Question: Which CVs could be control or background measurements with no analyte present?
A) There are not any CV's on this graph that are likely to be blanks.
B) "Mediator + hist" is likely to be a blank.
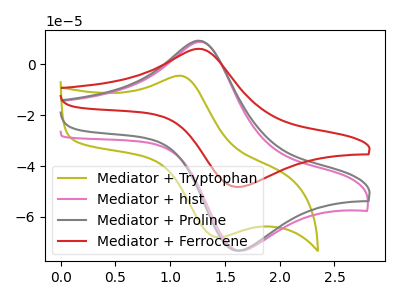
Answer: <think>The olive curve "Mediator + Tryptophan" has an anodic peak at (1.10V, -4.55uA) and a cathodic peak at (1.45V, -68.05uA). The pink curve "Mediator + hist" has an anodic peak at (1.30V, 8.85uA) and a cathodic peak at (1.65V, -73.35uA). The gray curve "Mediator + Proline" has an anodic peak at (1.25V, 9.30uA) and a cathodic peak at (1.60V, -73.20uA). The red curve "Mediator + Ferrocene" has an anodic peak at (1.25V, 6.15uA) and a cathodic peak at (1.60V, -48.15uA).</think>
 <answer>A) There are not any CV's on this graph that are likely to be blanks.</answer>
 <eval>A</eval>